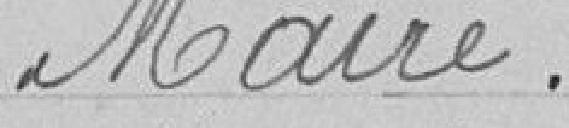
Maire.